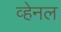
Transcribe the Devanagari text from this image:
व्हेनल